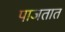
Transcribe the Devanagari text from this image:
पाजतात